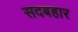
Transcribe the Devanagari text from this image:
सदबहार